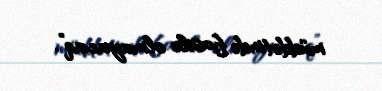
müddətində fasilə olmayacaq”.